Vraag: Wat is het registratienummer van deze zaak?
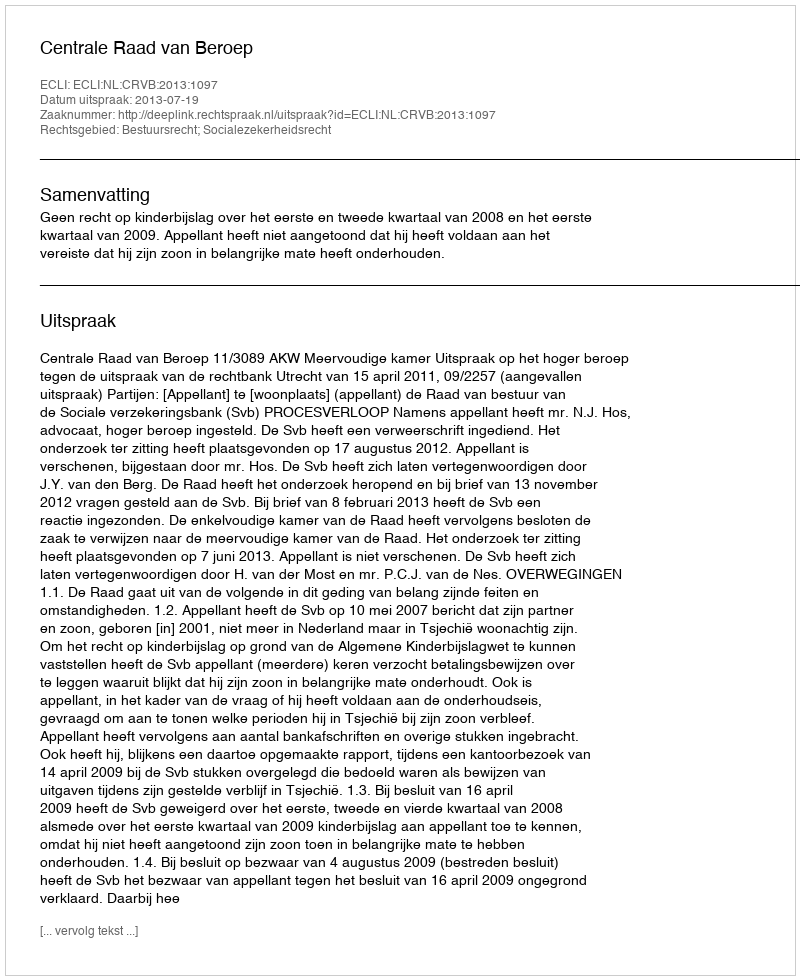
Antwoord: http://deeplink.rechtspraak.nl/uitspraak?id=ECLI:NL:CRVB:2013:1097